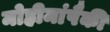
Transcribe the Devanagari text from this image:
मोहीमांपैकी